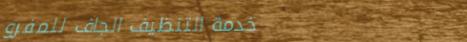
خدمة التنظيف الجاف للمفرو